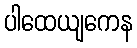
ပါထေယျကေန